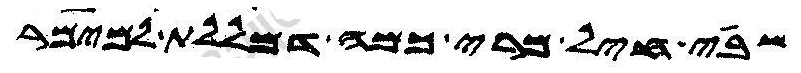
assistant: שבי חיל מרי כמה מללת למימר